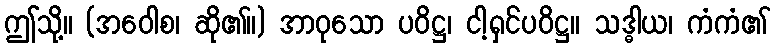
ဤသို့။ (အဝေါစ၊ ဆို၏။) အာဝုသော ပဝိဋ္ဌ၊ ငါ့ရှင်ပဝိဋ္ဌ။ သဒ္ဓါယ၊ ကံကံ၏